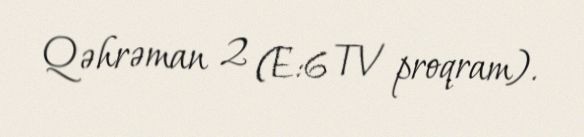
Qəhrəman 2 (E:6 TV proqram).